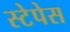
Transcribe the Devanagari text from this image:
स्टेपेस